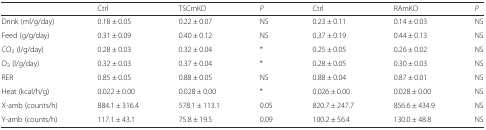
<table><thead><tr><td></td><td><b>Ctrl</b></td><td><b>TSCmKO</b></td><td><b><i>P</i></b></td><td><b>Ctrl</b></td><td><b>RAmKO</b></td><td><b><i>P</i></b></td></tr></thead><tbody><tr><td>Drink (ml/g/day)</td><td>0.18 ± 0.05</td><td>0.22 ± 0.07</td><td>NS</td><td>0.23 ± 0.11</td><td>0.14 ± 0.03</td><td>NS</td></tr><tr><td>Feed (g/g/day)</td><td>0.31 ± 0.09</td><td>0.40 ± 0.12</td><td>NS</td><td>0.37 ± 0.19</td><td>0.44 ± 0.13</td><td>NS</td></tr><tr><td>CO<sub>2</sub> (l/g/day)</td><td>0.28 ± 0.03</td><td>0.32 ± 0.04</td><td>*</td><td>0.25 ± 0.05</td><td>0.26 ± 0.02</td><td>NS</td></tr><tr><td>O<sub>2</sub> (l/g/day)</td><td>0.32 ± 0.03</td><td>0.37 ± 0.04</td><td>*</td><td>0.28 ± 0.05</td><td>0.30 ± 0.03</td><td>NS</td></tr><tr><td>RER</td><td>0.85 ± 0.05</td><td>0.88 ± 0.05</td><td>NS</td><td>0.88 ± 0.04</td><td>0.87 ± 0.01</td><td>NS</td></tr><tr><td>Heat (kcal/h/g)</td><td>0.022 ± 0.00</td><td>0.028 ± 0.00</td><td>*</td><td>0.026 ± 0.00</td><td>0.028 ± 0.00</td><td>NS</td></tr><tr><td>X-amb (counts/h)</td><td>884.1 ± 316.4</td><td>578.1 ± 113.1</td><td>0.05</td><td>820.7 ± 247.7</td><td>856.6 ± 434.9</td><td>NS</td></tr><tr><td>Y-amb (counts/h)</td><td>117.1 ± 43.1</td><td>75.8 ± 19.5</td><td>0.09</td><td>100.2 ± 56.4</td><td>130.0 ± 48.8</td><td>NS</td></tr></tbody></table>